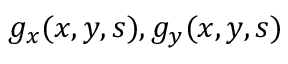
g _ { x } ( x , y , s ) , g _ { y } ( x , y , s )